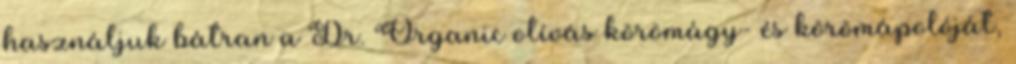
használjuk bátran a Dr. Organic olívás körömágy- és körömápolóját,